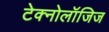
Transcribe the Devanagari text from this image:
टेक्नोलॉजिज